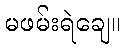
မဖမ်းရဲချေ။